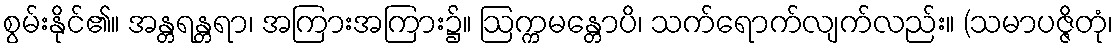
စွမ်းနိုင်၏။ အန္တရန္တရာ၊ အကြားအကြား၌။ ဩက္ကမန္တောပိ၊ သက်ရောက်လျက်လည်း။ (သမာပဇ္ဇိတုံ၊